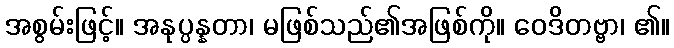
အစွမ်းဖြင့်။ အနုပ္ပန္နတာ၊ မဖြစ်သည်၏အဖြစ်ကို။ ဝေဒိတဗ္ဗာ၊ ၏။